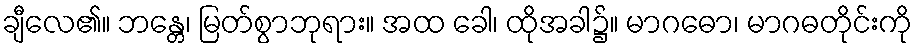
ချီလေ၏။ ဘန္တေ၊ မြတ်စွာဘုရား။ အထ ခေါ၊ ထိုအခါ၌။ မာဂဓော၊ မာဂဓတိုင်းကို